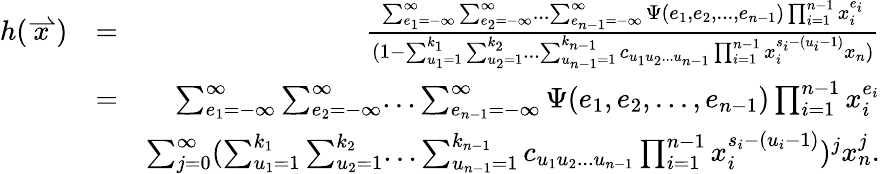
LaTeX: \begin{array}{rlr}{h(\stackrel{\rightharpoonup}{x})}&{=}&{\frac{\sum_{e_{1}=-\infty}^{\infty}\sum_{e_{2}=-\infty}^{\infty}...\sum_{e_{n-1}=-\infty}^{\infty}\Psi(e_{1},e_{2},...,e_{n-1})\prod_{i=1}^{n-1}x_{i}^{e_{i}}}{(1-\sum_{u_{1}=1}^{k_{1}}\sum_{u_{2}=1}^{k_{2}}...\sum_{u_{n-1}=1}^{k_{n-1}}c_{u_{1}u_{2}...u_{n-1}}\prod_{i=1}^{n-1}x_{i}^{s_{i}-(u_{i}-1)}x_{n})}}\\ &{=}&{\sum_{e_{1}=-\infty}^{\infty}\sum_{e_{2}=-\infty}^{\infty}...\sum_{e_{n-1}=-\infty}^{\infty}\Psi(e_{1},e_{2},...,e_{n-1})\prod_{i=1}^{n-1}x_{i}^{e_{i}}}\\ &{}&{\sum_{j=0}^{\infty}(\sum_{u_{1}=1}^{k_{1}}\sum_{u_{2}=1}^{k_{2}}...\sum_{u_{n-1}=1}^{k_{n-1}}c_{u_{1}u_{2}...u_{n-1}}\prod_{i=1}^{n-1}x_{i}^{s_{i}-(u_{i}-1)})^{j}x_{n}^{j}.}\end{array}